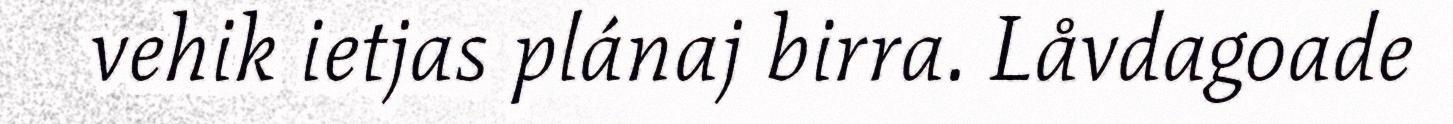
vehik ietjas plánaj birra. Låvdagoade